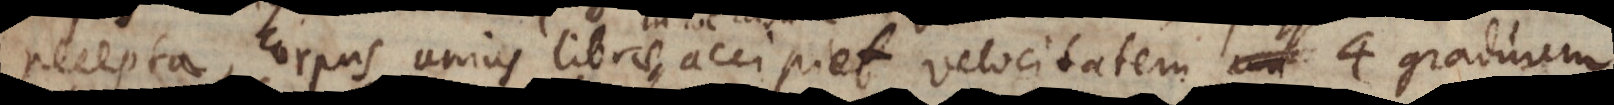
recepta, corpus unius librae accipiet velocitatem 4 graduum